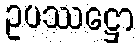
ဥပဿဋ္ဌော